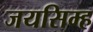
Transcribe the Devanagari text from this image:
जयसिम्ह